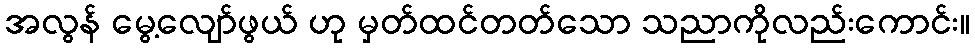
အလွန် မွေ့လျော်ဖွယ် ဟု မှတ်ထင်တတ်သော သညာကိုလည်းကောင်း။